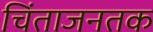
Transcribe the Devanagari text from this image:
चिंताजनतक